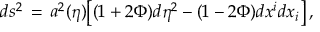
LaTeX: d s ^ { 2 } \, = \, a ^ { 2 } ( \eta ) \bigl [ ( 1 + 2 \Phi ) d \eta ^ { 2 } - ( 1 - 2 \Phi ) d x ^ { i } d x _ { i } \bigr ] \, ,